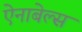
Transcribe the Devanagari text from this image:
ऐनाबेल्स